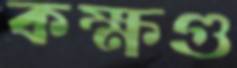
কক্ষগু